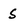
Character: S